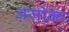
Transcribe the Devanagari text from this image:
अजोका